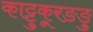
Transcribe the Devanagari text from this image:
काट्टुकूरङङु